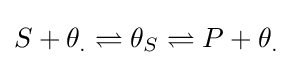
S+\theta _{.}\rightleftharpoons \theta _{S}\rightleftharpoons P+\theta _{.}